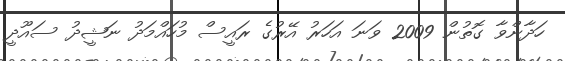
ހަދާންވާ ގޮތުން 2009 ވަނަ އަހަރު އޭރުގެ ރައީސް މުހައްމަދު ނަޝީދު ސައޫދީ